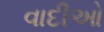
વાદીઓ